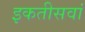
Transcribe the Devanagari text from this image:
इकतीसवां